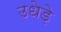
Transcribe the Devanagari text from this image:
उधेड़े